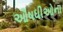
ઔષધીઓના